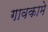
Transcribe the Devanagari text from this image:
गावकामे